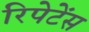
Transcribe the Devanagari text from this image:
रिपेटेंस